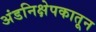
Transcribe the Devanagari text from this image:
अंडनिक्षेपकातून